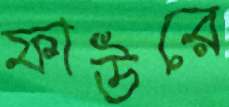
ফাউরে